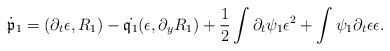
LaTeX: \begin{align*}\dot{\mathfrak{p}}_1=(\partial_t\epsilon,R_1)-\dot{\mathfrak{q}_1}(\epsilon,\partial_yR_1)+\frac{1}{2}\int\partial_t\psi_1\epsilon^2+\int\psi_1\partial_t\epsilon\epsilon.\end{align*}